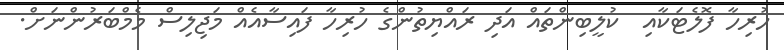
ހުރިހާ ފޮލެޓަކާއި  ކުލީބިންތައް އަދި ރައްޔިތުންގެ ހުރިހާ ފައިސާއެއް މަޖިލިސް މެމްބަރުންނަށް.